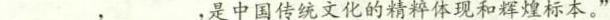
___，___，是中国传统文化的精粹体现和辉煌标本。”